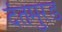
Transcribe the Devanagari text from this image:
दंतमुरड